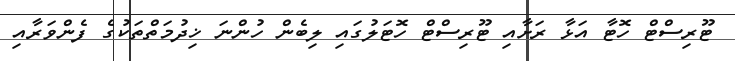
ޓޫރިސްޓް ހޮޓާ އަޅާ ރަށާއި ޓޫރިސްޓް ހޮޓަލުގައި ލިބެން ހުންނަ ޚިދުމަތްތަކުގެ ފެންވަރާއި